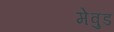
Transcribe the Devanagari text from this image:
मेवुड